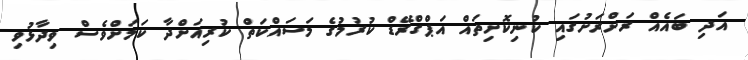
އަދި ބައެއް ރަށްރަށުގައި ކުނިކޮށިތައް އަޕްގްރޭޑް ކުރުމުގެ މަސައްކަތް ކުރިއަށްދާ ކަމަށްވެސް ވިދާޅުވި